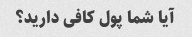
آیا شما پول کافی دارید؟